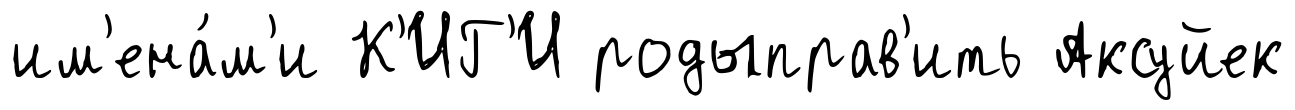
им'ена́м'и К'ИГ'И родыправ'ить Аксуйек